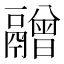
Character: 䰝